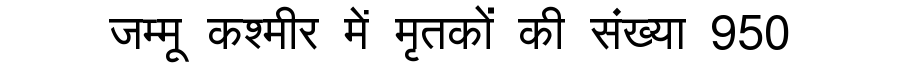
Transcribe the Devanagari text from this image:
जम्मू कश्मीर में मृतकों की संख्या 950